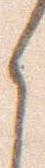
く